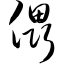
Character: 儡